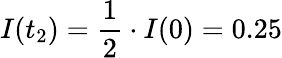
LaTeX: I(t_{2})=\frac{1}{2}\cdot I(0)=0.25